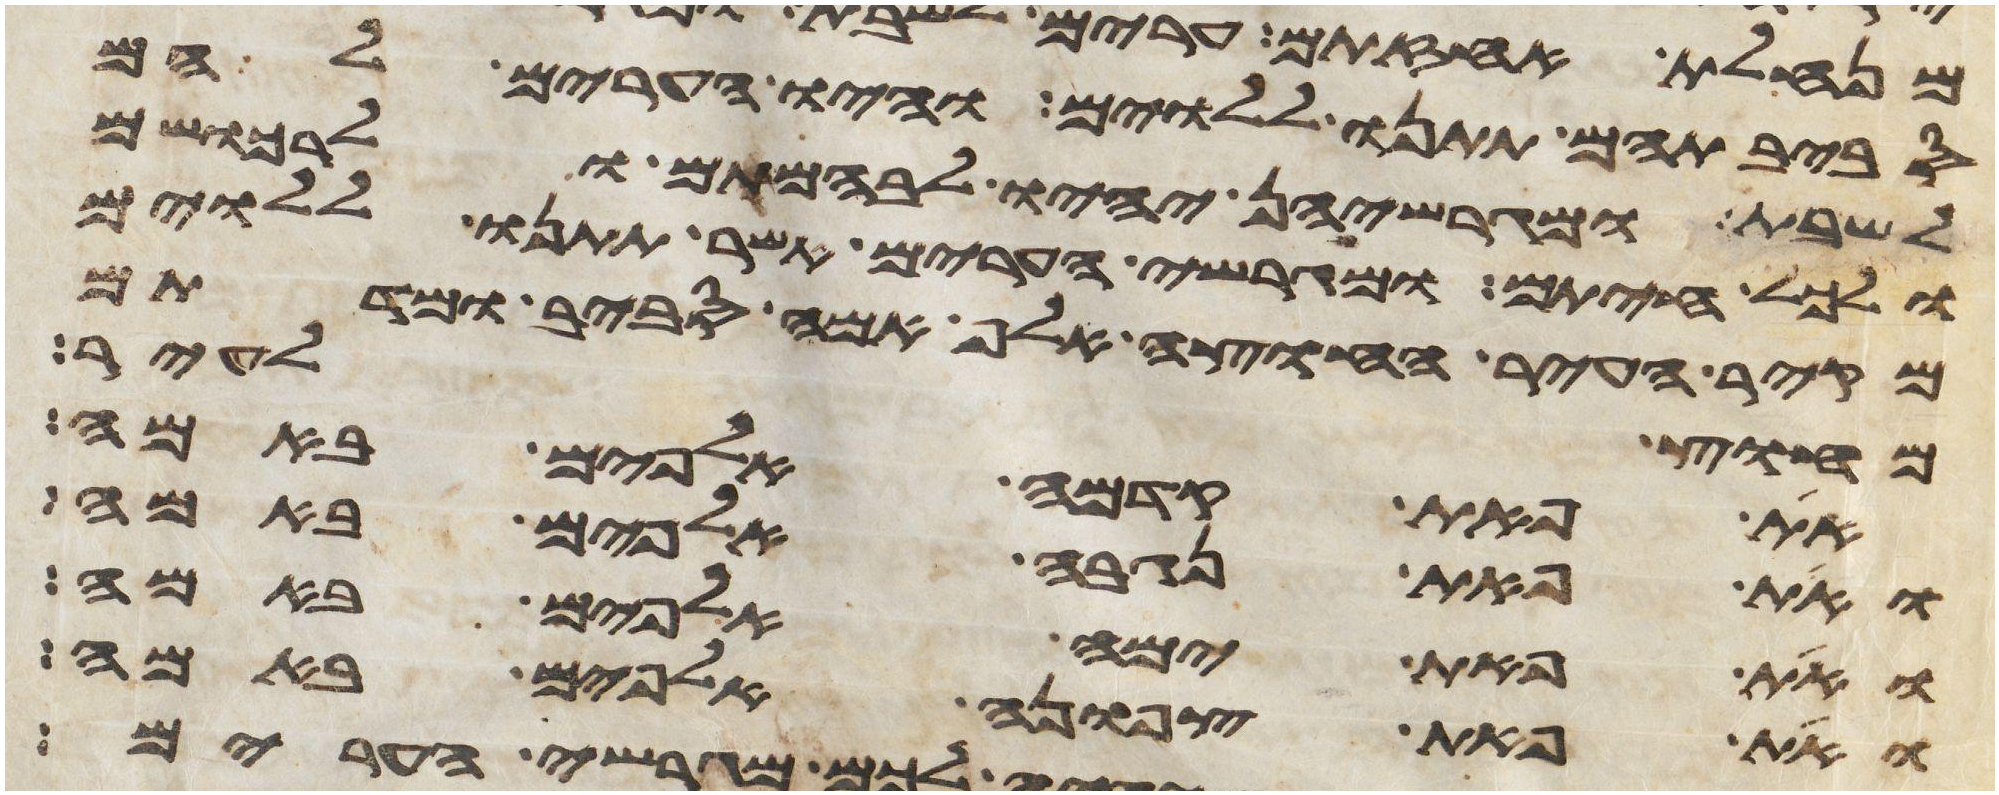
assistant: סביבתיהם תתנו ללוים והיו הערים להם
לשבת ומגרשיהן יהיו לבהמתם ולרכושם
ולכל חיתם ומגרשי הערים אשר תתנו ללוים
מקיר העיר החוצה אלף אמה סביב ומדתם
מחוץ לעיר
את פאת קדמה אלפים באמה
ואת פאת נגבה אלפים באמה
ואת פאת ימה אלפים באמה
ואת פאת צפונה אלפים באמה